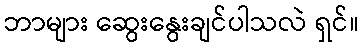
ဘာများ ဆွေးနွေးချင်ပါသလဲ ရှင်။